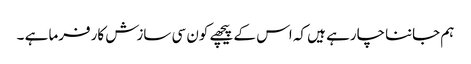
ہم جاننا چارہے ہیں کہ اس کے پیچھے کون سی سازش کارفرما ہے ۔